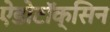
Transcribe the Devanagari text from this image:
ऐंडोटॉक्सिन